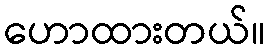
ဟောထားတယ်။